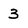
Character: 3